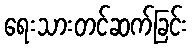
ရေးသားတင်ဆက်ခြင်း